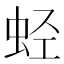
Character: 𰲶